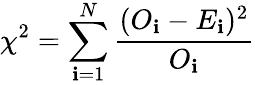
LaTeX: \chi^{2}=\sum_{\mathbf{i}=1}^{N}\frac{{(O_{\mathbf{i}}-E_{\mathbf{i}})^{2}}}{{O_{\mathbf{i}}}}